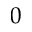
0